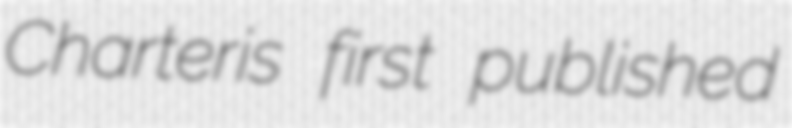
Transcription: Charteris first published